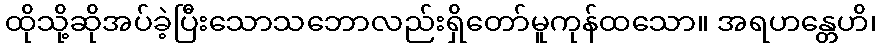
ထိုသို့ဆိုအပ်ခဲ့ပြီးသောသဘောလည်းရှိတော်မူကုန်ထသော။ အရဟန္တေဟိ၊